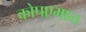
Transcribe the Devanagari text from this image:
कोपएमान